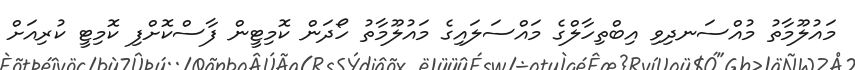
މައުލޫމާތު މުއްސަނދިވި އިބްތިހާލްގެ މައްސަލައިގެ މައުލޫމާތު ހޯދަން ކޮމިޓީން ފާސްކޮށްފި ކޮމިޓީ ކުރިއަށް